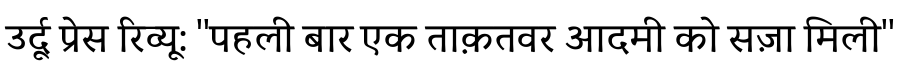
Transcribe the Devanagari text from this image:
उर्दू प्रेस रिव्यू: ''पहली बार एक ताक़तवर आदमी को सज़ा मिली''